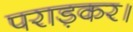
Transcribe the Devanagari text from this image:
पराड़कर।